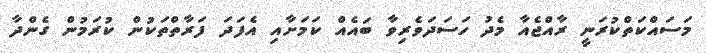
މަސައްކަތްކުރަނީ ރާއްޖެއާ މެދު ހަސަދަވެރިވާ ބައެއް ކަމަށާއި އެފަދަ ފަރާތްތަކުން ކުރަމުން ގެންދާ